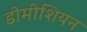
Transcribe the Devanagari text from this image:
डोमीशियन